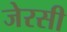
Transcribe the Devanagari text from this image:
जेरसी